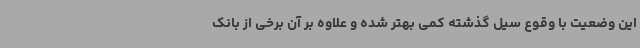
این وضعیت با وقوع سیل گذشته کمی بهتر شده و علاوه بر آن برخی از بانک